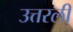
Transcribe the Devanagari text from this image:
उत्तरली